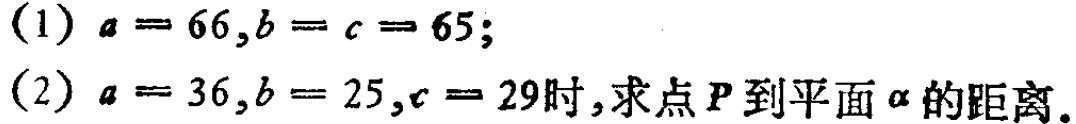
(1) \(a = 66,b = c = 65\);
(2) \(a = 36,b = 25,c = 29\)时,求点\(P\)到平面\(\alpha\)的距离.